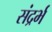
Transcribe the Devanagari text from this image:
संद्रर्भ